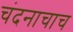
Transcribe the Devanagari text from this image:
चंदनाचाच